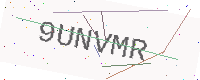
Text: 9UNVMR